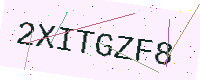
Text: 2XITGZF8